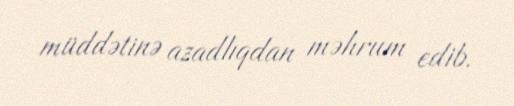
müddətinə azadlıqdan məhrum edib.